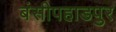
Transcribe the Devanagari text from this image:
बंसीपहाडपुर